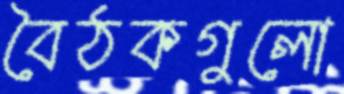
বৈঠকগুলো